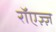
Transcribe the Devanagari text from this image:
रॉएज़्ज़